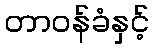
တာဝန်ခံနှင့်